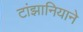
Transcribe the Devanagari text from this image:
टांझानियाने